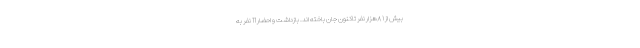
بیش از ۸۱هزار نفر تاکنون جان باخته اند. بازداشت و احضار 11 نفر به